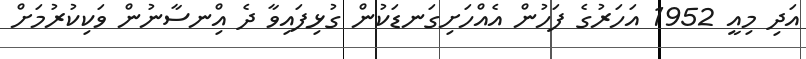
އަދި މިއީ 1952 އަހަރުގެ ފަހުން އެއްހަށިގަނޑަކުން ގުޅިފައިވާ ދެ އިްނސާނުން ވަކިކުރުމަށް